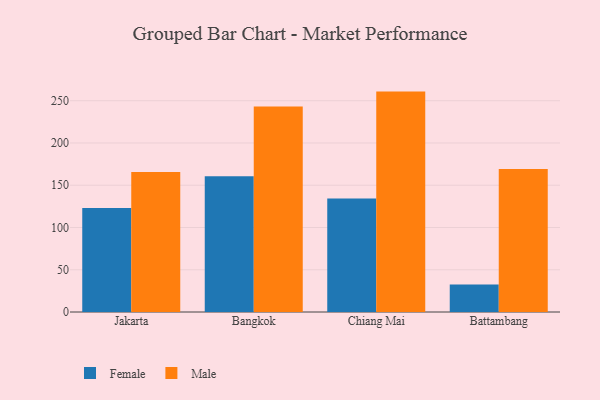
{"axis": {"x": "City", "y": "Demand Index"}, "legend": ["Female", "Male"], "data": [{"x": "Jakarta", "y": 123.0, "type": "Female"}, {"x": "Jakarta", "y": 165.8, "type": "Male"}, {"x": "Bangkok", "y": 160.7, "type": "Female"}, {"x": "Bangkok", "y": 243.3, "type": "Male"}, {"x": "Chiang Mai", "y": 134.3, "type": "Female"}, {"x": "Chiang Mai", "y": 260.8, "type": "Male"}, {"x": "Battambang", "y": 32.6, "type": "Female"}, {"x": "Battambang", "y": 169.2, "type": "Male"}]}